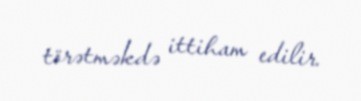
törətməkdə ittiham edilir.